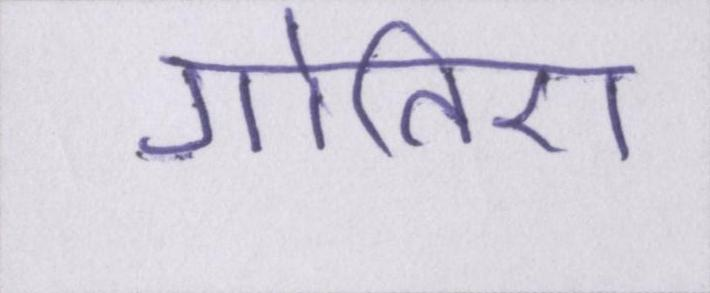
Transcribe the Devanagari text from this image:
गोतिए